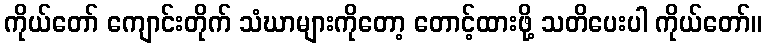
ကိုယ်တော် ကျောင်းတိုက် သံဃာများကိုတော့ တောင့်ထားဖို့ သတိပေးပါ ကိုယ်တော်။